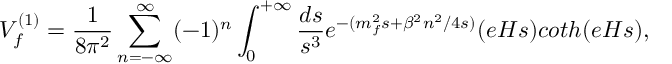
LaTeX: V _ { f } ^ { ( 1 ) } = \frac { 1 } { 8 \pi ^ { 2 } } \sum _ { n = - \infty } ^ { \infty } ( - 1 ) ^ { n } \int _ { 0 } ^ { + \infty } \frac { d s } { s ^ { 3 } } e ^ { - ( m _ { f } ^ { 2 } s + \beta ^ { 2 } n ^ { 2 } / 4 s ) } ( e H s ) c o t h ( e H s ) ,